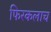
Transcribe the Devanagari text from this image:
फिरकलाच